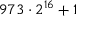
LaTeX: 9 7 3 \cdot 2 ^ { 1 6 } + 1